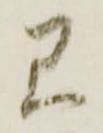
見